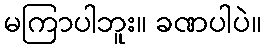
မကြာပါဘူး။ ခဏပါပဲ။